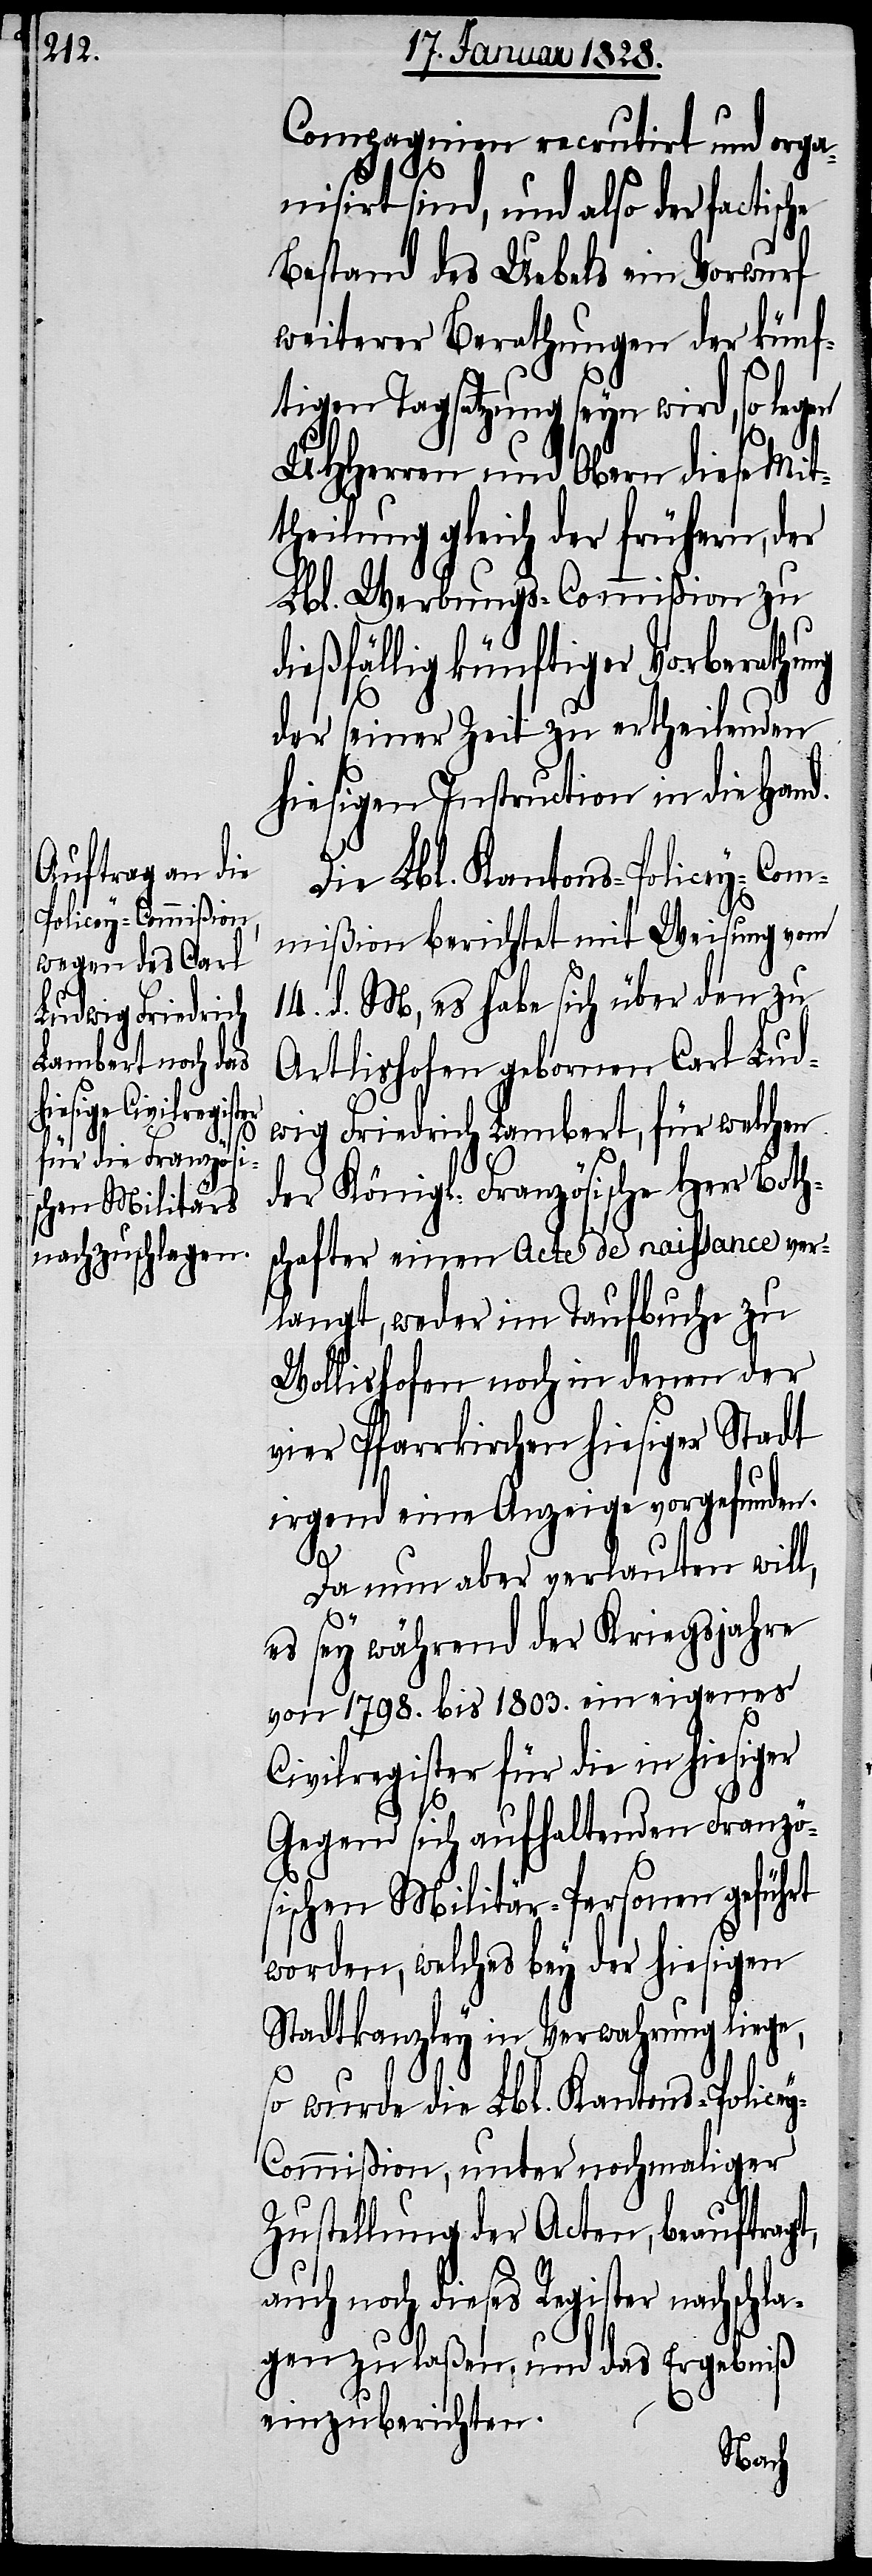
Compagnien recrutirt und orga¬
nisirt sind, und also der factische
Bestand des Uebels ein Vorwurf
weiterer Berathungen der künf¬
tigen Tagsatzung seyn wird, so legen
UHHerren und Obern diese Mit¬
theilung gleich der frühern, der
Lbl. Werbungs-Commißion zu
dießfällig künftiger Vorberathung
der seiner Zeit zu ertheilenden
hiesigen Instruction in die Hand
Die Lbl. Kantons-Policey-Com¬
mißion berichtet mit Weisung vom
14. d. M, es habe sich über den zu
Artlishofen gebornen Carl Lud¬
wig Friedrich Lambert, für welchen
der Königl. Französische Herr Both¬
schafter einen Acte de naissance ver¬
langt, weder im Taufbuche zu
Wollishofen noch in denen der
vier Pfarrkirchen hiesiger Stadt
irgend eine Anzeige vorgefunden.
Da nun aber verlauten will,
es sey während der Kriegsjahre
von 1798. bis 1803. ein eigenes
Civilregister für die in hiesiger
Gegend sich aufhaltenden Französ¬
ischen Militär-Personen geführt
worden, welches bey der hiesigen
Stadtkanzley in Verwahrung liege,
so wurde die Lbl. Kantons-Police¬
y-Commißion, unter nochmaliger
Zustellung der Acten, beauftragt,
auch noch dieses Register nachschla¬
gen zu laßen, und das Ergebniß
einzuberichten.